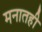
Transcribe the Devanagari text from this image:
मनातही